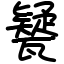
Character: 㽈